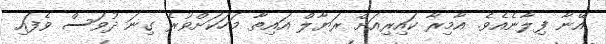
އޭނާ ފިލާނެއެވެ. އާމިރާ ކައިރިއަށް ރަޔާލް އައިތާ މަހަކަށްވުރެ ގިނަ ދުވަސް ވެފައި